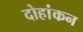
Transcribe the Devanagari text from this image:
दोहांकन